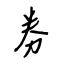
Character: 券